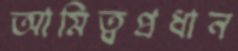
আমিত্বপ্রধান